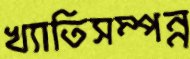
খ্যাতিসম্পন্ন